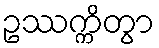
ဥဿက္ကိတွာ